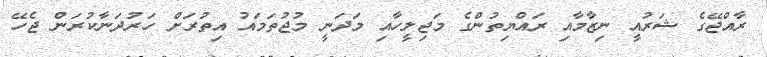
ރާއްޖޭގެ ޝަރުއީ ނިޒާމާއި ރައްޔިތުންގެ މަޖިލީހާއި މަދަނީ މުޖުތަމައު އިތުރަށް ހަރުދަނާކުރަން ޖެހޭ